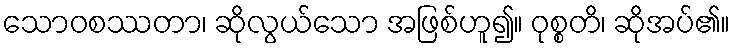
သောဝစဿတာ၊ ဆိုလွယ်သော အဖြစ်ဟူ၍။ ဝုစ္စတိ၊ ဆိုအပ်၏။